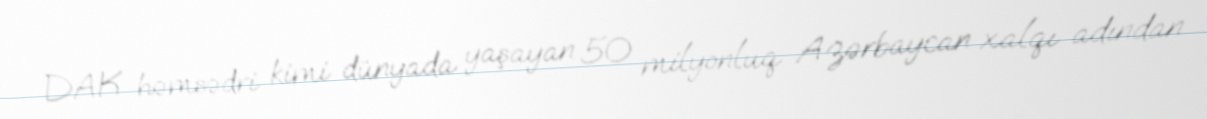
DAK həmsədri kimi dünyada yaşayan 50 milyonluq Azərbaycan xalqı adından